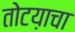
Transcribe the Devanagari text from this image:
तोटय़ाचा